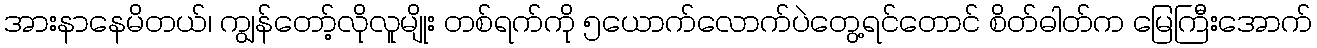
အားနာနေမိတယ်၊ ကျွန်တော့်လိုလူမျိုး တစ်ရက်ကို ၅ယောက်လောက်ပဲတွေ့ရင်တောင် စိတ်ဓါတ်က မြေကြီးအောက်